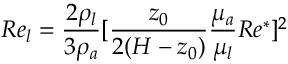
R e _ { l } = \frac { 2 \rho _ { l } } { 3 \rho _ { a } } [ \frac { z _ { 0 } } { 2 ( H - z _ { 0 } ) } \frac { \mu _ { a } } { \mu _ { l } } R e ^ { * } ] ^ { 2 }